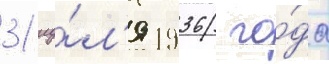
31 иу́л'я 1936 го́да